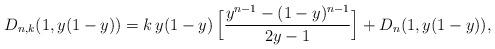
LaTeX: \begin{align*}D_{n,k}(1,y(1-y))&=k\,y(1-y)\,\Big[ \displaystyle\frac{y^{n-1}-(1-y)^{n-1}}{2y-1}\Big]+D_n(1,y(1-y)),\end{align*}